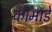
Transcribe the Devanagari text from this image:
कामांडे